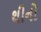
થીનો